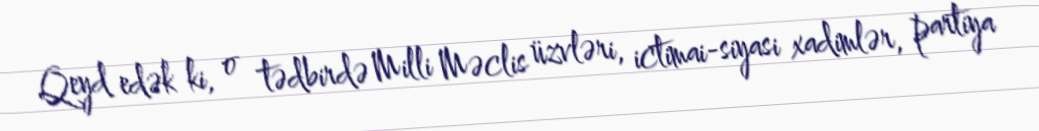
Qeyd edək ki, o tədbirdə Milli Məclis üzvləri, ictimai-siyasi xadimlər, partiya